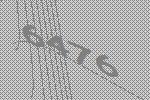
6476